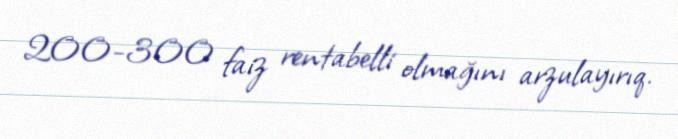
200-300 faiz rentabelli olmağını arzulayırıq.